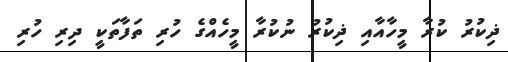
ޛިކުރު ކުރާ މީހާއާއި ޛިކުރު ނުކުރާ މީހެއްގެ ހުރި ތަފާތަކީ ދިރި ހުރި